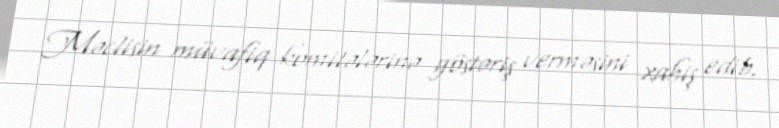
Məclisin müvafiq komitələrinə göstəriş verməsini xahiş edib.